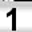
Digit: 1